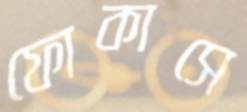
ফোকাসে